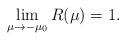
LaTeX: \begin{align*}\lim_{\mu \rightarrow -\mu_0} R(\mu)=1.\end{align*}